Indian journal of veterinary science and animal husbandry - Volumes 28-29, 1958-1959
Year: 1958
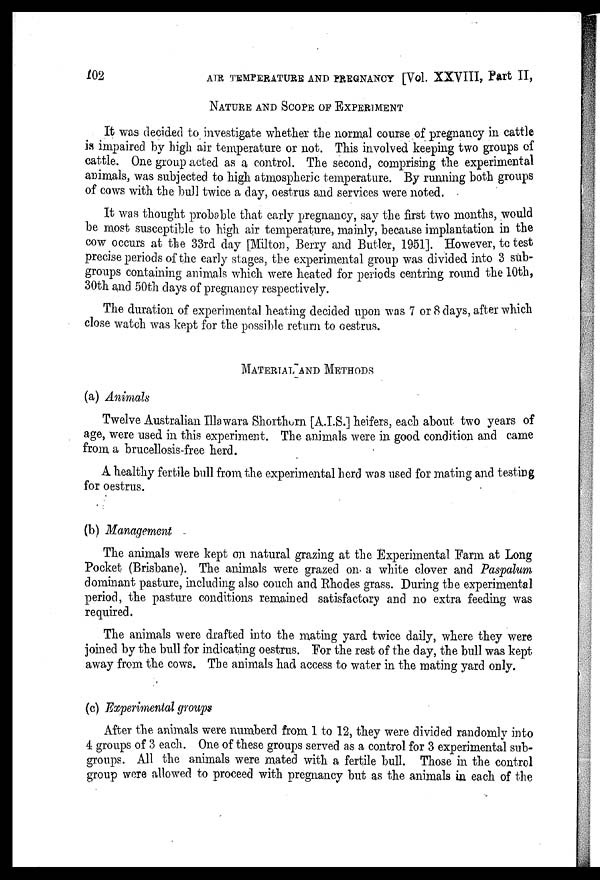
102
AIR TEMPERATURE AND PREGNANCY [Vol. XXVIII, Part II,
NATURE AND SCOPE OF EXPERIMENT
It was decided to investigate whether the normal course of pregnancy in cattle
is impaired by high air temperature or not. This involved keeping two groups of
cattle. One group acted as a control. The second, comprising the experimental
animals, was subjected to high atmospheric temperature. By running both groups
of cows with the bull twice a day, oestrus and services were noted.
It was thought probable that early pregnancy, say the first two months, would
be most susceptible to high air temperature, mainly, because implantation in the
cow occurs at the 33rd day [Milton, Berry and Butler, 1951]. However, to test
precise periods of the early stages, the experimental group was divided into 3 sub-
groups containing animals which were heated for periods centring round the 10th,
30th and 50th days of pregnancy respectively.
The duration of experimental heating decided upon was 7 or 8 days, after which
close watch was kept for the possible return to oestrus.
MATERIAL AND METHODS
(a) Animals
Twelve Australian Illawara Shorthorn [A.I.S.] heifers, each about two years of
age, were used in this experiment. The animals were in good condition and came
from a brucellosis-free herd.
A healthy fertile bull from the experimental herd was used for mating and testing
for oestrus.
(b) Management
The animals were kept on natural grazing at the Experimental Farm at Long
Pocket (Brisbane). The animals were grazed on a white clover and Paspalum
dominant pasture, including also couch and Rhodes grass. During the experimental
period, the pasture conditions remained satisfactory and no extra feeding was
required.
The animals were drafted into the mating yard twice daily, where they were
joined by the bull for indicating oestrus. For the rest of the day, the bull was kept
away from the cows. The animals had access to water in the mating yard only.
(c) Experimental groups
After the animals were numberd from 1 to 12, they were divided randomly into
4 groups of 3 each. One of these groups served as a control for 3 experimental sub-
groups. All the animals were mated with a fertile bull. Those in the control
group were allowed to proceed with pregnancy but as the animals in each of the